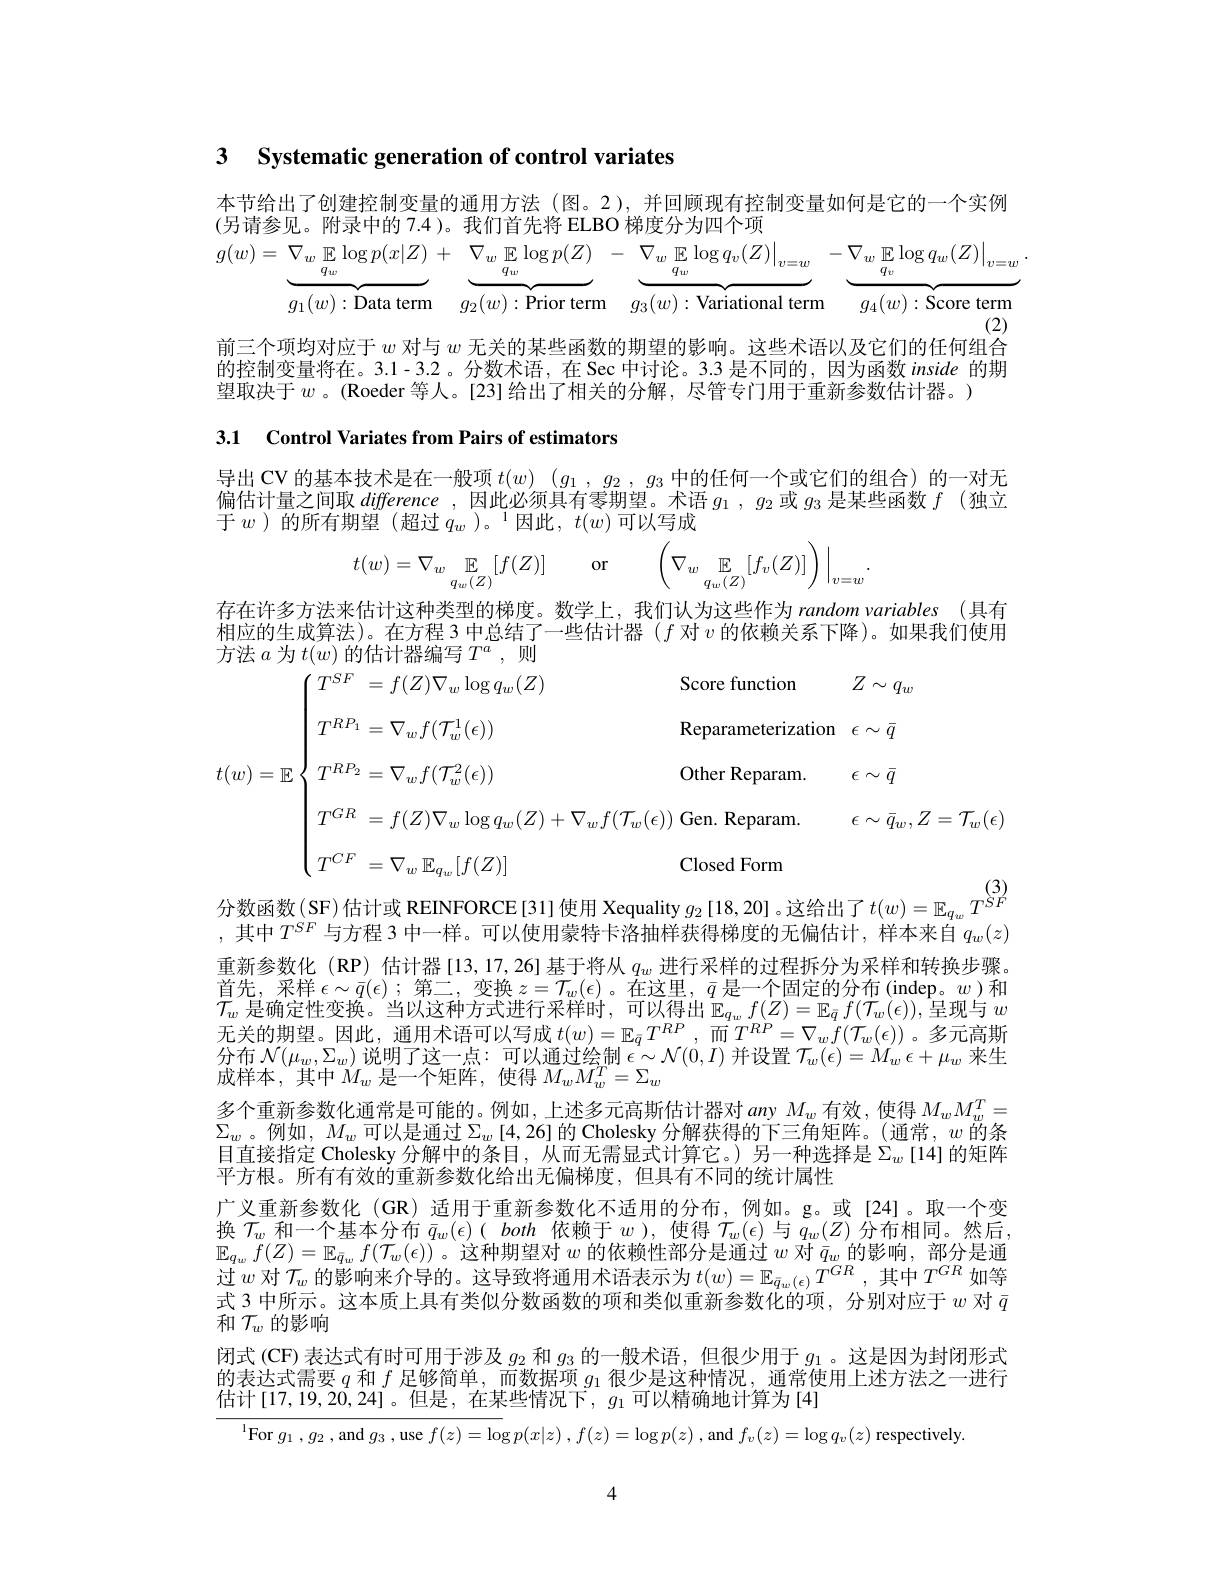
3 Systematic generation of control variates

本节给出了创建控制变量的通用方法 (图。2),并回顾现有控制变量如何是它的一个实例
(另请参见。附录中的 7.4)。我们首先将 ELBO 梯度分为四个项
$$(w)=\underbrace{\nabla_w\mathbb{E}\log p(x|Z)}_{g_1(w):\text{Data term}}+\underbrace{\nabla_w\mathbb{E}\log p(Z)}_{g_2(w):\text{Prior term}}-\underbrace{\nabla_w\mathbb{E}\log q_v(Z)}_{g_3(w):\text{Variational term}}-\underbrace{\nabla_w\mathbb{E}\log q_w(Z)}_{g_4(w):\text{Score term}}.$$
前三个项均对应于$w$对与$w$无关的某些函数的期望的影响。这些术语以及它们的任何组合的控制变量将在。3.1-3.2。分数术语，在 Sec 中讨论。3.3 是不同的，因为函数 inside 的期望取决于$w$ 。(Roeder 等人。[23] 给出了相关的分解，尽管专门用于重新参数估计器。)

3.1 Control Variates from Pairs of estimators

导出 CV 的基本技术是在一般项$t(w)\begin{pmatrix}g_1,g_2,g_3\text{ 中的任何一个或它们的组合}\end{pmatrix}$的一对无偏估计量之间取difference ,因此必须具有零期望。术语$g_1$ , $g_2$或$g_3$是某些函数$f$ (独立于 $w$ )的所有期望 (超过 $q_w$ )。$^1$因此，$t(w)$可以写成
$$t(w)=\nabla_w\underset{q_w(Z)}{\mathbb{E}}[f(Z)]\quad\mathrm{or}\quad\left(\nabla_w\underset{q_w(Z)}{\mathbb{E}}[f_v(Z)]\right)\Big|_{v=w}.$$
存在许多方法来估计这种类型的梯度。数学上，我们认为这些作为 random variables (具有相应的生成算法)。在方程 3 中总结了一些估计器$(f$对$v$的依赖关系下降)。如果我们使用

方法$a$为$t(w)$的估计器编写$T^a$,则
$$\begin{aligned}&=f(Z)\nabla_{w}\log q_{w}(Z)&&\text{Score function}&&Z\sim q_{w}\\&T^{RP_{1}}=\nabla_{w}f(\mathcal{T}_{w}^{1}(\epsilon))&&\text{Reparameterization}&&\epsilon\sim\bar{q}\\&T^{RP_{2}}=\nabla_{w}f(\mathcal{T}_{w}^{2}(\epsilon))&&\text{Other Reparam.}&&\epsilon\sim\bar{q}\\&T^{GR}=f(Z)\nabla_{w}\log q_{w}(Z)+\nabla_{w}f(\mathcal{T}_{w}(\epsilon))\:\mathrm{Gen.~Reparam.}&&\epsilon\sim\bar{q}_{w},Z=\mathcal{T}_{w}(\epsilon)\\&T^{CF}=\nabla_{w}\:\mathbb{E}_{q_{w}}[f(Z)]&&\text{Closed Form}\end{aligned}$$
分数函数(SF)估计或 REINFORCE[31]使用 Xequality $g_2$ [18,20]。这给出了$t(w)=\mathbb{E}_{q_w}T^{SF}$

,其中$T^{SF}$与方程 3 中一样。可以使用蒙特卡洛抽样获得梯度的无偏估计，样本来自$q_w(z)$ 重新参数化(RP) 估计器[13,17,26] 基于将从$q_w$进行采样的过程拆分为采样和转换步骤。首先，采样$\epsilon\sim\bar{q}(\epsilon)$ ;第二，变换$z=\mathcal{T}_w(\epsilon)$ 。在这里，$\bar{q}$是一个固定的分布(indep。$w$ )和$\mathcal{T}_w$是确定性变换。当以这种方式进行采样时，可以得出$\mathbb{E}_q_wf(Z)=\mathbb{E}_{\bar{q}}f(\mathcal{T}_w(\epsilon))$,呈现与$w$ 无关的期望。因此，通用术语可以写成 $t(w)=\mathbb{E}_{\bar{q}}T^{RP}$, 而$T^RP=\nabla_wf(\mathcal{T}_w(\epsilon))$。多元高斯分布$\mathcal{N}(\mu_w,\Sigma_w)$说明了这一点：可以通过绘制$\epsilon\sim\mathcal{N}(0,I)$并设置$\mathcal{T}_w(\epsilon)=M_w\epsilon+\mu_w$来生成样本，其中$M_w$ 是一个矩阵，使得$M_wM_w^T=\Sigma_w$
多个重新参数化通常是可能的。例如，上述多元高斯估计器对 any $M_w$有效，使得$M_wM_w^T=$ $\Sigma_w$。例如$,M_w$可以是通过$\Sigma_w$[4,26]的 Cholesky 分解获得的下三角矩阵。(通常，$w$ 的条目直接指定 Cholesky 分解中的条目，从而无需显式计算它。)另一种选择是$\Sigma_w$ [14]的矩阵平方根。所有有效的重新参数化给出无偏梯度，但具有不同的统计属性
广义重新参数化(GR) 适用于重新参数化不适用的分布，例如。g。或[24]。取一个变换$\mathcal{T}_w$和一个基本分布$\bar{q} _w( \epsilon ) ( \textit{ both 依 赖 于 }w) $,使得$\mathcal{T}_w(\epsilon)$与$q_w(Z)$分布相同。然后， $\mathbb{E}_{q_w}f(Z)=\mathbb{E}_{\bar{q}_w}f(\mathcal{T}_w(\epsilon))$ 。这种期望对$w$的依赖性部分是通过$w$对$\bar{q}_w$的影响，部分是通过 $w$ 对 $\mathcal{T} _w$ 的 影 响 来 介 导 的 。这 导 致 将 通 用 术 语 表 示 为 $t( w) = \mathbb{E} _{\bar{q} _w( \epsilon ) }T^{GR}$,其 中 $T^{GR}$ 如 等 过 $w$ 对 $\mathcal{T} _w$ 的 影 响 来 介 导 的 。这 导 致 将 通 用 术 语 表 示 为 $t( w) = \mathbb{E} _{\bar{q} _w( \epsilon ) }T^{GR}$, 其 中 $T^{GR}$ 如 等 $\text{ 中 }_0$ 中 所 一 $\:_0\text{ 中 所 }^{- 1}\:_0$ 学 中 任 $1\text{月 十 半 似 八 数 函 数 的 西 和 半 似 手 订 分 数 似 的 两 个 则 可 以 则 时 间 下 }_0$ 式 3 中所示。这本质上具有类似分数函数的项和类似重新参数化的项，分别对应于$w$对$\bar{q}$ 和$\mathcal{T}_w$的影响
闭式 (CF) 表达式有时可用于涉及$g_2$和$g_3$的一般术语，但很少用于$g_1$ 。这是因为封闭形式的表达式需要$q$和$f$足够简单，而数据项$g_1$很少是这种情况，通常使用上述方法之一进行估计[17,19,20,24]。但是，在某些情况下，$g_1$可以精确地计算为[4]

$^{\mathrm{l}}$For $g_1,g_2$,and $g_3$,use $f(z)=\log p(x|z),f(z)=\log p(z)$, and $f_v(z)=\log q_v(z)$ respectively.

4